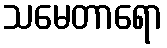
သမေတာရော